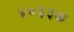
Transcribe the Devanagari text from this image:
४०३३अ